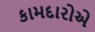
કામદારોએ